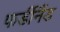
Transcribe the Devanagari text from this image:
फर्डीनैंड